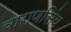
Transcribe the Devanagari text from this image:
वाराणसिंय